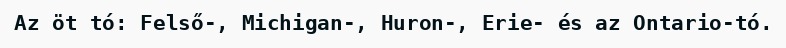
Az öt tó: Felső-, Michigan-, Huron-, Erie- és az Ontario-tó.